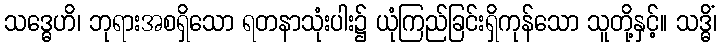
သဒ္ဓေဟိ၊ ဘုရားအစရှိသော ရတနာသုံးပါး၌ ယုံကြည်ခြင်းရှိကုန်သော သူတို့နှင့်။ သဒ္ဓိံ၊